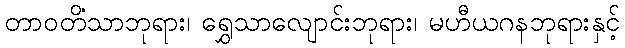
တာဝတိံသာဘုရား၊ ရွှေသာလျောင်းဘုရား၊ မဟီယဂနဘုရားနှင့်